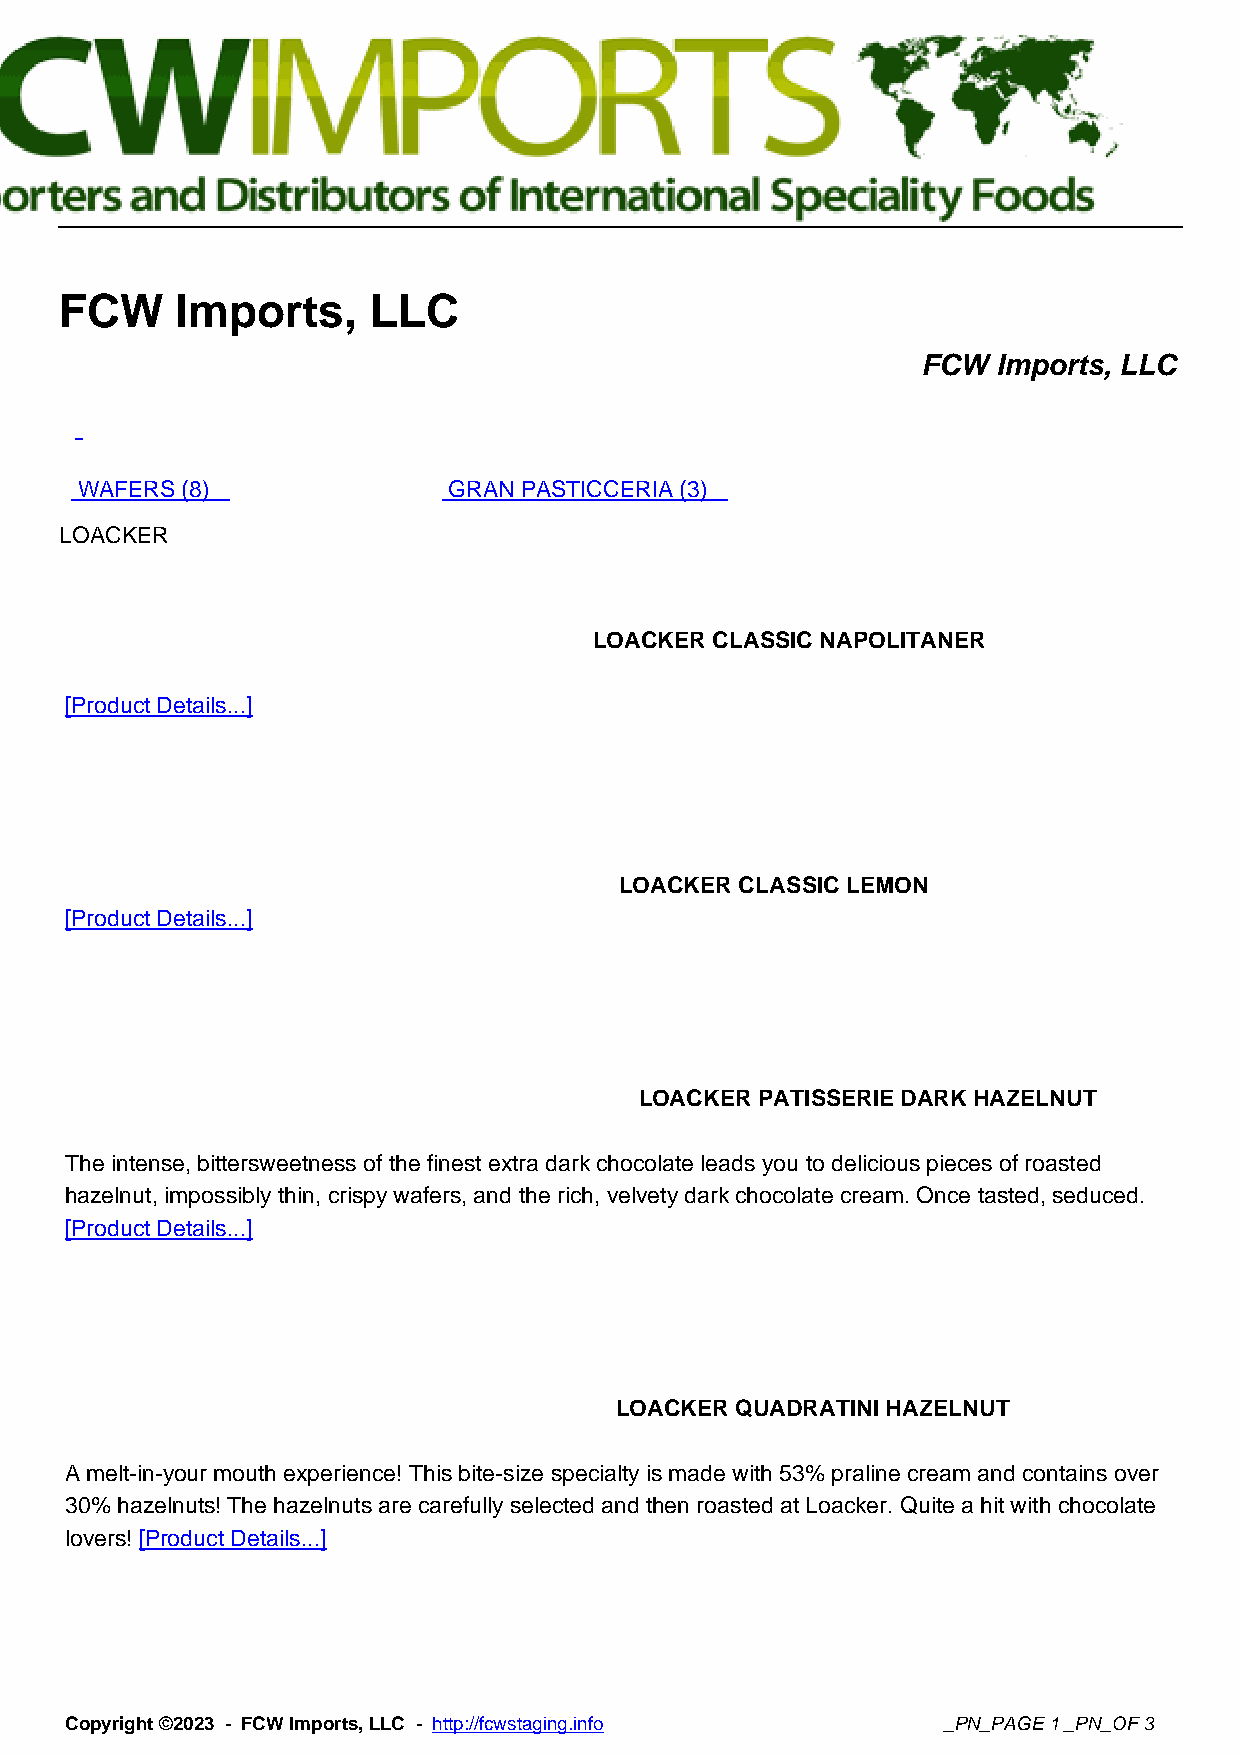
FCW     Imports,    LLC
 FCW  Imports, LLC
 WAFERS (8)               GRAN PASTICCERIA (3)
 LOACKER
 LOACKER CLASSIC NAPOLITANER
 [Product Details...]
 LOACKER CLASSIC LEMON
 [Product Details...]
 LOACKER PATISSERIE DARK HAZELNUT
 The intense, bittersweetness of the finest extra dark chocolate leads you to delicious pieces of roasted
 hazelnut, impossibly thin, crispy wafers, and the rich, velvety dark chocolate cream. Once tasted, seduced.
 [Product Details...]
 LOACKER QUADRATINI HAZELNUT
 A melt-in-your mouth experience! This bite-size specialty is made with 53% praline cream and contains over
 30% hazelnuts! The hazelnuts are carefully selected and then roasted at Loacker. Quite a hit with chocolate
 lovers! [Product Details...]
 Copyright ©2023 - FCW Imports, LLC - http://fcwstaging.info _PN_PAGE 1 _PN_OF 3